Report of the Indian Hemp Drugs Commission, 1894-1895 - Volume IV
Year: 1894
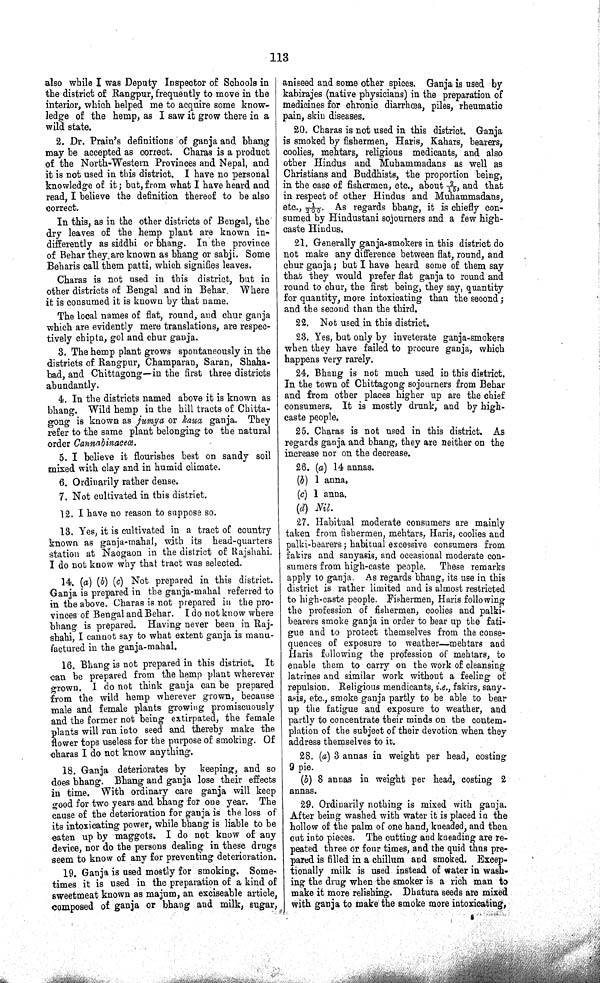
113
also while I was Deputy Inspector of Schools in
the district of Rangpur, frequently to move in the
interior, which helped me to acquire some know¬
ledge of the hemp, as I saw it grow there in a
wild state.
2. Dr. Prain's definitions of ganja and bhang
may be accepted as correct. Charas is a product
of the North-Western Provinces and Nepal, and
it is not used in this district. I have no personal
knowledge of it; but, from what I have heard and
read, I believe the definition thereof to be also
correct.
In this, as in the other districts of Bengal, the
dry leaves of the hemp plant are known in¬
differently as siddhi or bhang. In the province
of Behar they are known as bhang or sabji. Some
Beharis call them patti, which signifies leaves.
Charas is not used in this district, but in
other districts of Bengal and in Behar. Where
it is consumed it is known by that name.
The local names of flat, round, and chur ganja
which are evidently mere translations, are respec¬
tively chipta, gol and chur ganja.
3. The hemp plant grows spontaneously in the
districts of Rangpur, Champaran, Saran, Shaha-
bad, and Chittagong—in the first three districts
abundantly.
4. In the districts named above it is known as
bhang. Wild hemp in the hill tracts of Chitta¬
gong is known as jumya or kaua ganja. They
refer to the same plant belonging to the natural
order Cannabinaceœ.
5. I believe it flourishes best on sandy soil
mixed with clay and in humid climate.
6. Ordinarily rather dense.
7. Not cultivated in this district.
12. I have no reason to suppose so.
13. Yes, it is cultivated in a tract of country
known as ganja-mahal, with its head-quarters
station at Naogaon in the district of Rajshahi.
I do not know why that tract was selected.
14. (a) (b) (c) Not prepared in this district.
Ganja is prepared in the ganja-mahal referred to
in the above. Charas is not prepared in the pro¬
vinces of Bengal and Behar. I do not know where
bhang is prepared. Having never been in Raj-
shahi, I cannot say to what extent ganja is manu¬
factured in the ganja-mahal.
16. Bhang is not prepared in this district. It
can be prepared from the hemp plant wherever
grown. I do not think ganja can be prepared
from the wild hemp wherever grown, because
male and female plants growing promiscuously
and the former not being extirpated, the female
plants will run into seed and thereby make the
flower tops useless for the purpose of smoking. Of
charas I do not know anything.
18. Ganja deteriorates by keeping, and so
does bhang. Bhang and ganja lose their effects
in time. With ordinary care ganja will keep
good for two years and bhang for one year. The
cause of the deterioration for ganja is the loss of
its intoxicating power, while bhang is liable to be
eaten up by maggots. I do not know of any
device, nor do the persons dealing in these drugs
seem to know of any for preventing deterioration.
19. Ganja is used mostly for smoking. Some¬
times it is used in the preparation of a kind of
sweetmeat known as majum, an exciseable article,
composed of ganja or bhang and milk, sugar,
aniseed and some other spices. Ganja is used by
kabirajes (native physicians) in the preparation of
medicines for chronic diarrhœa, piles, rheumatic
pain, skin diseases.
20. Charas is not used in this district. Ganja
is smoked by fishermen, Haris, Kahars, bearers,
coolies, mehtars, religious medicants, and also
other Hindus and Muhammadans as well as
Christians and Buddhists, the proportion being,
in the case of fishermen, etc., about 2/15, and that
in respect of other Hindus and Muhammadans,
etc., 1/200. As regards bhang, it is chiefly con¬
sumed by Hindustani sojourners and a few high-
caste Hindus.
21. Generally ganja-smokers in this district do
not make any difference between flat, round, and
chur ganja; but I have heard some of them say
that they would prefer flat ganja to round and
round to chur, the first being, they say, quantity
for quantity, more intoxicating than the second;
and the second than the third.
22. Not used in this district.
23. Yes, but only by inveterate ganja-smokers
when they have failed to procure ganja, which
happens very rarely.
24. Bhang is not much used in this district.
In the town of Chittagong sojourners from Behar
and from other places higher up are the chief
consumers. It is mostly drunk, and by high-
caste people.
25. Charas is not used in this district. As
regards ganja and bhang, they are neither on the
increase nor on the decrease.
26. (a) 14 annas.
(b) 1 anna.
(c) 1 anna.
(d) Nil.
27. Habitual moderate consumers are mainly
taken from fishermen, mehtars, Haris, coolies and
palki-bearers; habitual excessive consumers from
fakirs and sanyasis, and occasional moderate con¬
sumers from high-caste people. These remarks
apply to ganja. As regards bhang, its use in this
district is rather limited and is almost restricted
to high-caste people. Fishermen, Haris following
the profession of fishermen, coolies and palki-
bearers smoke ganja in order to bear up the fati¬
gue and to protect themselves from the conse¬
quences of exposure to weather—mehtars and
Haris following the profession of mehtars, to
enable them to carry on the work of cleansing
latrines and similar work without a feeling of
repulsion. Religious mendicants, i.e., fakirs, sany-
asis, etc., smoke ganja partly to be able to bear
up the fatigue and exposure to weather, and
partly to concentrate their minds on the contem¬
plation of the subject of their devotion when they
address themselves to it.
28. (a) 3 annas in weight per head, costing
9 pie.
(b) 8 annas in weight per head, costing 2
annas.
29. Ordinarily nothing is mixed with ganja.
After being washed with water it is placed in the
hollow of the palm of one hand, kneaded, and then
cut into pieces. The cutting and kneading are re¬
peated three or four times, and the quid thus pre¬
pared is filled in a chillum and smoked. Excep¬
tionally milk is used instead of water in wash¬
ing the drug when the smoker is a rich man to
make it more relishing. Dhatura seeds are mixed
with ganja to make the smoke more intoxicating,
8